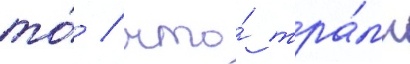
то́ / что́ тра́мп